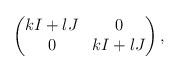
LaTeX: \begin{align*}\begin{pmatrix}k I+l J&0\\0&k I+l J\end{pmatrix}, \end{align*}